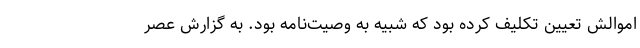
اموالش تعیین تکلیف کرده بود که شبیه به وصیت‌نامه بود. به گزارش عصر